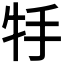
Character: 𤘶